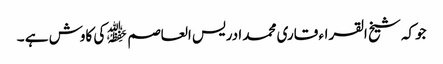
جوکہ شیخ القراء قاری محمد ادریس العاصم ﷾ کی کاوش ہے ۔